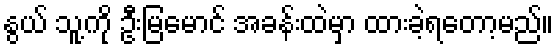
နွယ် သူ့ကို ဦးမြမောင် အခန်းထဲမှာ ထားခဲ့ရတော့မည်။